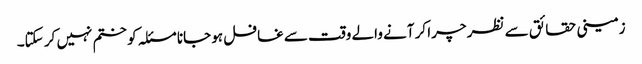
زمینی حقائق سے نظر چرا کر آنے والے وقت سے غافل ہو جانا مسئلہ کو ختم نہیں کر سکتا۔